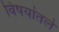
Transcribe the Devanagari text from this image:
विषयांतले